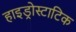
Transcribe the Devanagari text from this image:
हाइड्रोस्टाटिक